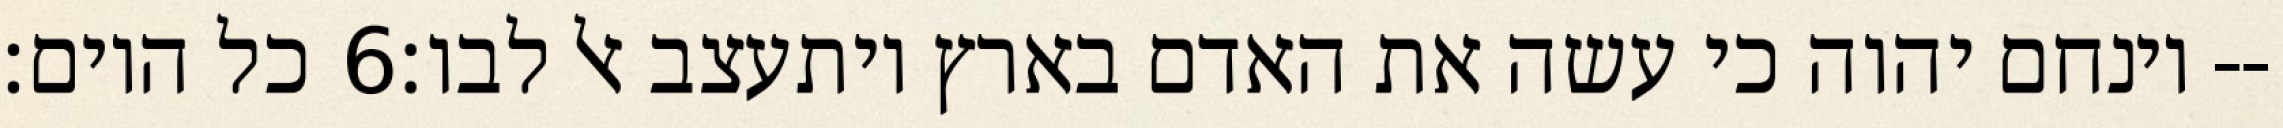
כל היום׃ ‎6‏ וינחם יהוה כי עשה את האדם בארץ ויתעצב אל לבו׃--